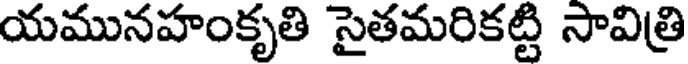
యమునహంకృతి సైతమరికట్టి సావిత్రి